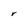
Character: r